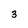
Character: 3